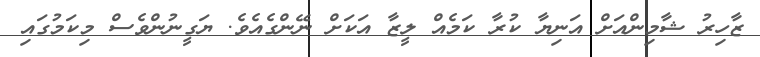
ޒާހިރު ޝާމިންއަށް އަނިޔާ ކުރާ ކަމެއް ލީޒާ އަކަށް ނޭންގެއެވެ. ޔަގީނުންވެސް މިކަމުގައި